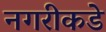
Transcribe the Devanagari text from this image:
नगरीकडे